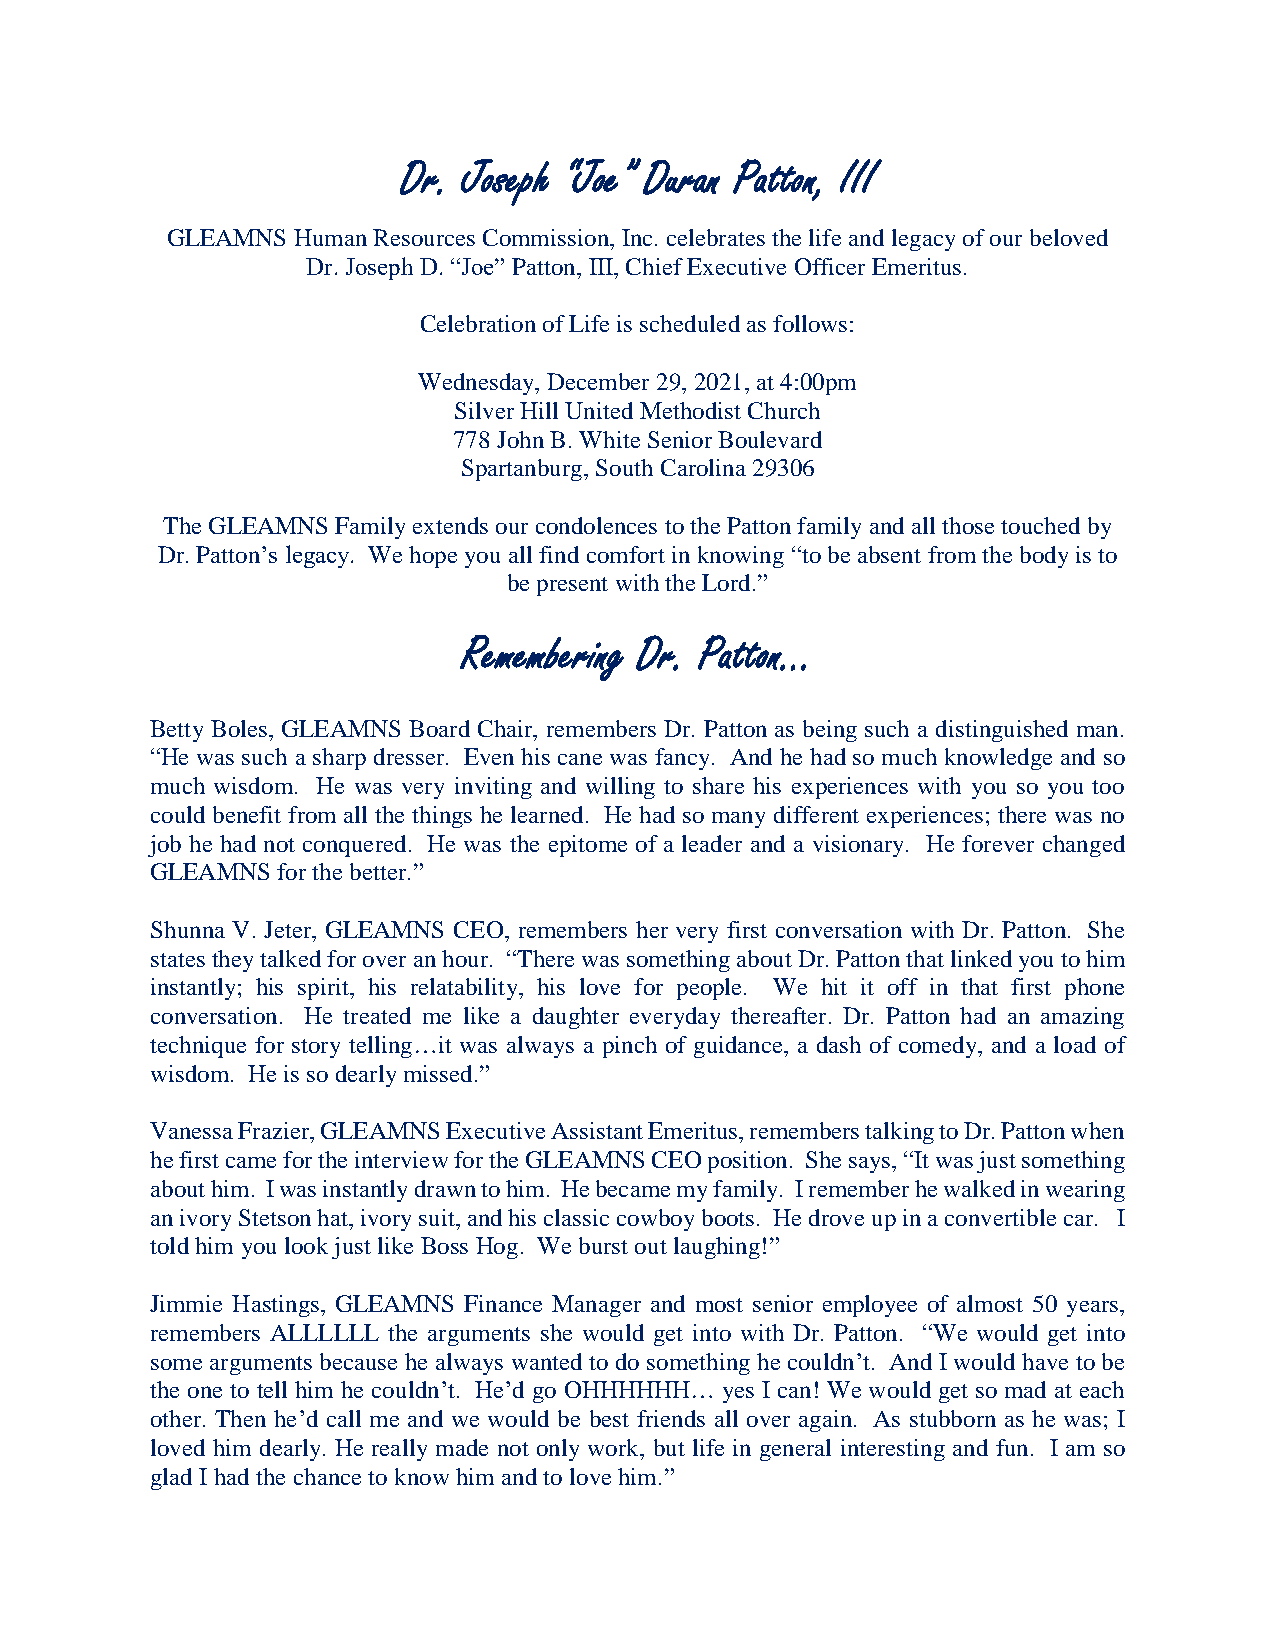
Dr. Joseph “Joe” Duran Patton, III
 GLEAMNS Human Resources Commission, Inc. celebrates the life and legacy of our beloved
 Dr. Joseph D. “Joe” Patton, III, Chief Executive Officer Emeritus.
 Celebration of Life is scheduled as follows:
 Wednesday, December 29, 2021, at 4:00pm
 Silver Hill United Methodist Church
 778 John B. White Senior Boulevard
 Spartanburg, South Carolina 29306
 The GLEAMNS Family extends our condolences to the Patton family and all those touched by
 Dr. Patton’s legacy. We hope you all find comfort in knowing “to be absent from the body is to
 be present with the Lord.”
 Remembering Dr. Patton…
 Betty Boles, GLEAMNS Board Chair, remembers Dr. Patton as being such a distinguished man.
 “He was such a sharp dresser. Even his cane was fancy. And he had so much knowledge and so
 much wisdom. He was very inviting and willing to share his experiences with you so you too
 could benefit from all the things he learned. He had so many different experiences; there was no
 job he had not conquered. He was the epitome of a leader and a visionary. He forever changed
 GLEAMNS for the better.”
 Shunna V. Jeter, GLEAMNS CEO, remembers her very first conversation with Dr. Patton. She
 states they talked for over an hour. “There was something about Dr. Patton that linked you to him
 instantly; his spirit, his relatability, his love for people. We hit it off in that first phone
 conversation. He treated me like a daughter everyday thereafter. Dr. Patton had an amazing
 technique for story telling…it was always a pinch of guidance, a dash of comedy, and a load of
 wisdom. He is so dearly missed.”
 Vanessa Frazier, GLEAMNS Executive Assistant Emeritus, remembers talking to Dr. Patton when
 he first came for the interview for the GLEAMNS CEO position. She says, “It was just something
 about him. I was instantly drawn to him. He became my family. I remember he walked in wearing
 an ivory Stetson hat, ivory suit, and his classic cowboy boots. He drove up in a convertible car. I
 told him you look just like Boss Hog. We burst out laughing!”
 Jimmie Hastings, GLEAMNS Finance Manager and most senior employee of almost 50 years,
 remembers ALLLLLL the arguments she would get into with Dr. Patton. “We would get into
 some arguments because he always wanted to do something he couldn’t. And I would have to be
 the one to tell him he couldn’t. He’d go OHHHHHH… yes I can! We would get so mad at each
 other. Then he’d call me and we would be best friends all over again. As stubborn as he was; I
 loved him dearly. He really made not only work, but life in general interesting and fun. I am so
 glad I had the chance to know him and to love him.”